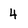
Character: 4